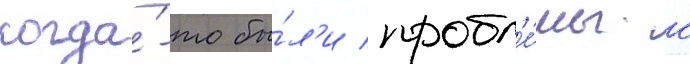
когда́-то бы́л'и пробл'е́мы с